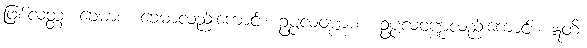
ဖြစ်လတ္တံ့။ ခေမာစ၊ ခေမာလည်းကောင်း။ ဥပ္ပလဝဏ္ဏာစ၊ ဥပ္ပလဝဏ္ဏလည်းကောင်း။ ဣတိ၊